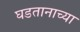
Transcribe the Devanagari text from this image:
घडतानाच्या